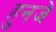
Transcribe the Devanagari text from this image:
हुनजे